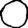
Digit: 0